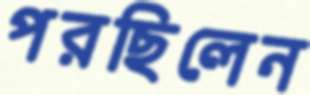
পরছিলেন